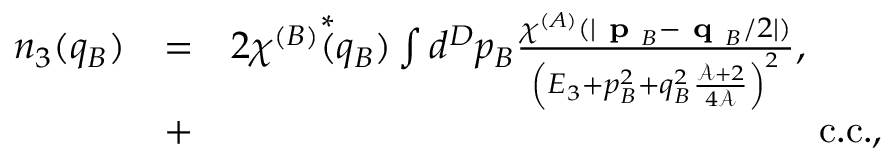
\begin{array} { r l r } { n _ { 3 } ( q _ { B } ) } & { = } & { 2 \chi ^ { ( B ) } \overset { * } { ( } q _ { B } ) \int d ^ { D } p _ { B } \frac { \chi ^ { ( A ) } ( \lvert \textbf { p } _ { B } - \textbf { q } _ { B } / 2 \rvert ) } { \left( E _ { 3 } + p _ { B } ^ { 2 } + q _ { B } ^ { 2 } \frac { \mathcal { A } + 2 } { 4 \mathcal { A } } \right) ^ { 2 } } , \ \ \ \ \ \ } \\ & { + } & { \mathrm { c . c . } , } \end{array}